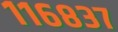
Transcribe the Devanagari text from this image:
११६८३७